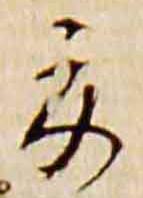
夏